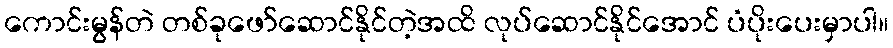
ကောင်းမွန်တဲ တစ်ခုဖော်ဆောင်နိုင်တဲ့အထိ လုပ်ဆောင်နိုင်အောင် ပံပိုးပေးမှာပါ။